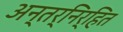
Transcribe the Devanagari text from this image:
अन्तर्निर्हित